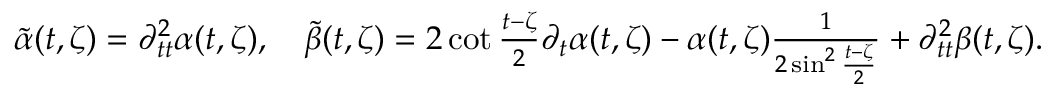
\begin{array} { r } { \widetilde \alpha ( t , \zeta ) = \partial _ { t t } ^ { 2 } \alpha ( t , \zeta ) , \quad \widetilde \beta ( t , \zeta ) = 2 \cot \frac { t - \zeta } { 2 } \partial _ { t } \alpha ( t , \zeta ) - \alpha ( t , \zeta ) \frac { 1 } { 2 \sin ^ { 2 } \frac { t - \zeta } { 2 } } + \partial _ { t t } ^ { 2 } \beta ( t , \zeta ) . } \end{array}